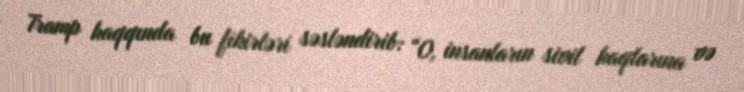
Tramp haqqında bu fikirləri səsləndirib: “O, insanların sivil haqlarına və